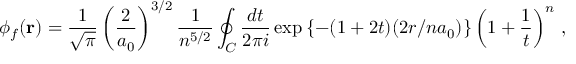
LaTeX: \phi _ { f } ( { \bf r } ) = { \frac { 1 } { \sqrt { \pi } } } \left( { \frac { 2 } { a _ { 0 } } } \right) ^ { 3 / 2 } { \frac { 1 } { n ^ { 5 / 2 } } } \oint _ { C } { \frac { d t } { 2 \pi i } } \exp \left\{ - ( 1 + 2 t ) ( 2 r / n a _ { 0 } ) \right\} \left( 1 + { \frac { 1 } { t } } \right) ^ { n } \, ,